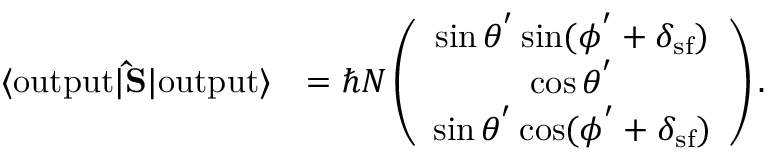
\begin{array} { r l } { \langle \mathrm { o u t p u t } | { \bf \hat { S } } | \mathrm { o u t p u t } \rangle } & { = \hbar N \left( \begin{array} { c } { \sin \theta ^ { ' } \sin ( \phi ^ { ' } + \delta _ { \mathrm { s f } } ) } \\ { \cos \theta ^ { ' } } \\ { \sin \theta ^ { ' } \cos ( \phi ^ { ' } + \delta _ { \mathrm { s f } } ) } \end{array} \right) . } \end{array}